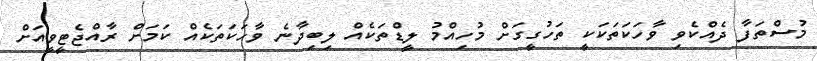
މުސްތަފާ ދެއްކެވި ވާހަކަތަކަކީ ތަހުގީގަށް މުހިއްމު ލީޑްތަކެއް ލިބިދާނެ ވާހަކަތަކެއް ކަމަށް ރާއްޖެޓީވީއަށް